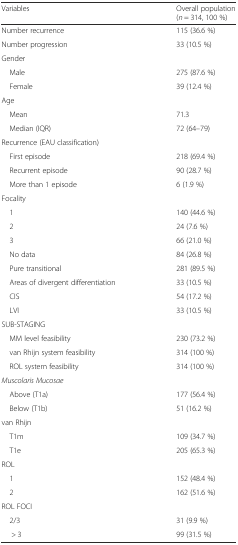
<table><thead><tr><td><b>Variables</b></td><td><b>Overall population (<i>n</i> = 314, 100 %)</b></td></tr></thead><tbody><tr><td>Number recurrence</td><td>115 (36.6 %)</td></tr><tr><td>Number progression</td><td>33 (10.5 %)</td></tr><tr><td colspan="2">Gender</td></tr><tr><td> Male</td><td>275 (87.6 %)</td></tr><tr><td> Female</td><td>39 (12.4 %)</td></tr><tr><td colspan="2">Age</td></tr><tr><td> Mean</td><td>71.3</td></tr><tr><td> Median (IQR)</td><td>72 (64–79)</td></tr><tr><td colspan="2">Recurrence (EAU classification)</td></tr><tr><td> First episode</td><td>218 (69.4 %)</td></tr><tr><td> Recurrent episode</td><td>90 (28.7 %)</td></tr><tr><td> More than 1 episode</td><td>6 (1.9 %)</td></tr><tr><td colspan="2">Focality</td></tr><tr><td> 1</td><td>140 (44.6 %)</td></tr><tr><td> 2</td><td>24 (7.6 %)</td></tr><tr><td> 3</td><td>66 (21.0 %)</td></tr><tr><td> No data</td><td>84 (26.8 %)</td></tr><tr><td> Pure transitional</td><td>281 (89.5 %)</td></tr><tr><td> Areas of divergent differentiation</td><td>33 (10.5 %)</td></tr><tr><td> CIS</td><td>54 (17.2 %)</td></tr><tr><td> LVI</td><td>33 (10.5 %)</td></tr><tr><td colspan="2">SUB-STAGING</td></tr><tr><td> MM level feasibility</td><td>230 (73.2 %)</td></tr><tr><td> van Rhijn system feasibility</td><td>314 (100 %)</td></tr><tr><td> ROL system feasibility</td><td>314 (100 %)</td></tr><tr><td colspan="2"><i>Muscolaris Mucosae</i></td></tr><tr><td> Above (T1a)</td><td>177 (56.4 %)</td></tr><tr><td> Below (T1b)</td><td>51 (16.2 %)</td></tr><tr><td colspan="2">van Rhijn</td></tr><tr><td> T1m</td><td>109 (34.7 %)</td></tr><tr><td> T1e</td><td>205 (65.3 %)</td></tr><tr><td colspan="2">ROL</td></tr><tr><td> 1</td><td>152 (48.4 %)</td></tr><tr><td> 2</td><td>162 (51.6 %)</td></tr><tr><td colspan="2">ROL FOCI</td></tr><tr><td> 2/3</td><td>31 (9.9 %)</td></tr><tr><td>&gt; 3</td><td>99 (31.5 %)</td></tr></tbody></table>